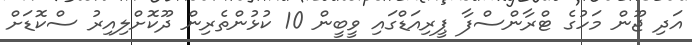
އަދި ޖޫން މަހުގެ ޓްރާންސްފާ ޕީރިއަޑްގައި ވީބީން 10 ކުޅުންތެރިން ދޫކޮށްލިއިރު ސްކޮޑަށް